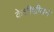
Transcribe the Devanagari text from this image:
केशीशीयन